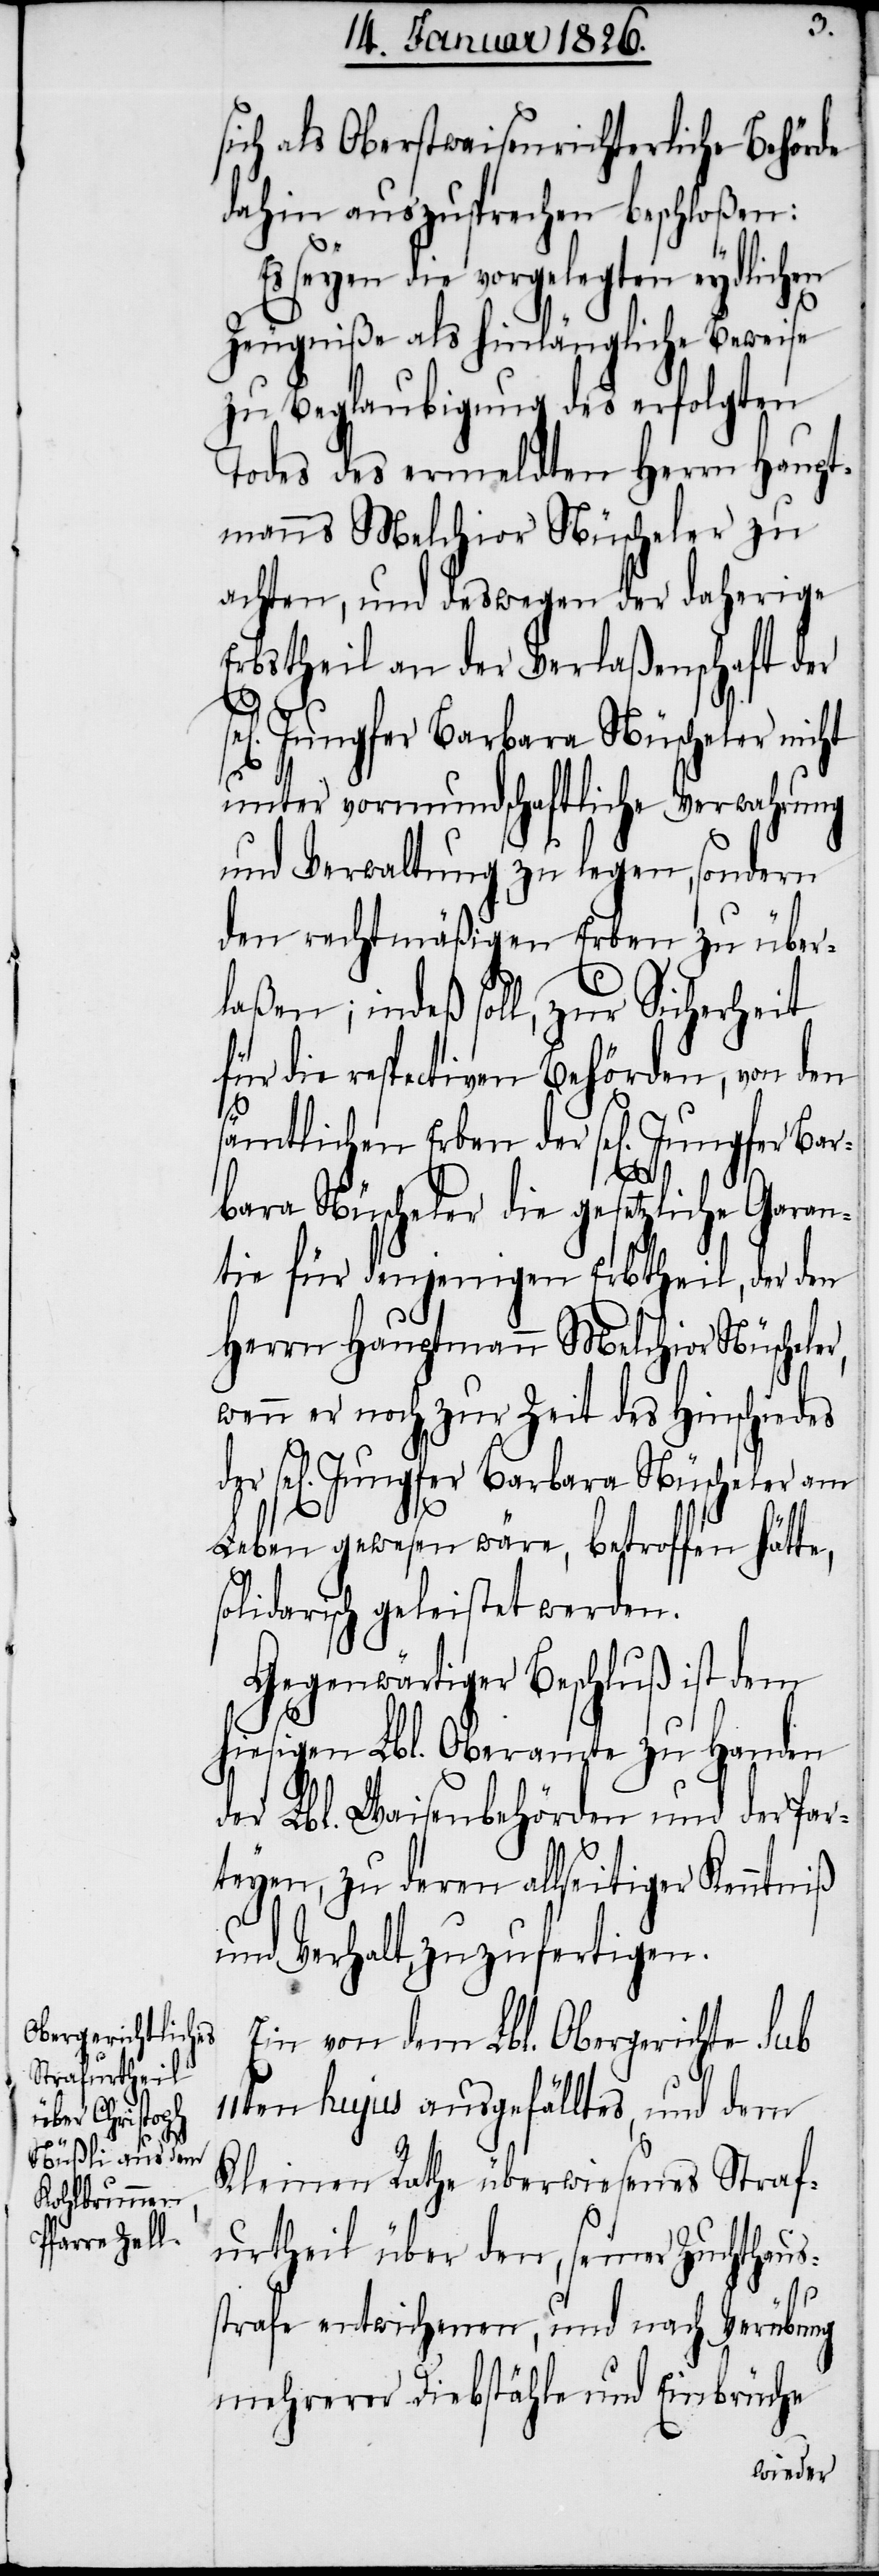
Bar¬

sich als Oberstwaisenrichterliche Behörde
dahin auszusprechen beschloßen:
Es seyen die vorgelegten eydlichen
Zeugniße als hinlängliche Beweise
zu Beglaubigung des erfolgten
Todes des ermeldten Herrn Haupt¬
manns Melchior Nüscheler zu
achten, und deswegen der daherige
Erbstheil an der Verlaßenschaft der
Jungfer Barbara Nüscheler nicht
unter vormundschaftliche Verwahrung
und Verwaltung zu legen, sondern
den rechtmäßigen Erben zu über¬
laßen; indeß soll, zur Sicherheit
für die respectiven Behörden, von den
sämtlichen Erben der sel[igen] Jun¬
bara Nüscheler die gesetzliche Garan¬
tie für denjenigen Erbtheil, der den
Herrn Hauptmann Melchior Nüscheler,
wenn er noch zur Zeit des Hinschiedes
sel[igen] Jungfer Barbara Nüscheler am
Leben gewesen wäre, betroffen hätte,
olidarisch geleistet werden.
Gegenwärtiger Beschluß ist dem
hiesigen Lbl. Oberamte zu Handen
der Lbl. Waisenbehörden und der Par¬
teyen, zu deren allseitiger Kenntniß
und Verhalt, zuzufertigen.
Ein von dem Lbl. Obergerichte sub
11ten hujus ausgefälltes, und dem
Kleinen Rathe überwiesenes Straf¬
urtheil über den, seiner Zuchthaus¬
s¬
strafe entwichenen, und nach Verübung
mehrerer Diebstähle und Einbrüche